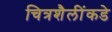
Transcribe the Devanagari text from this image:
चित्रशैलींकडे